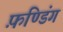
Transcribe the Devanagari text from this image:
फ़ण्डिंग